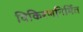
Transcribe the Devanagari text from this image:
विकिरणनिर्मित